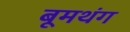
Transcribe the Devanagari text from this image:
बूमथंग